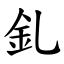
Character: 釓